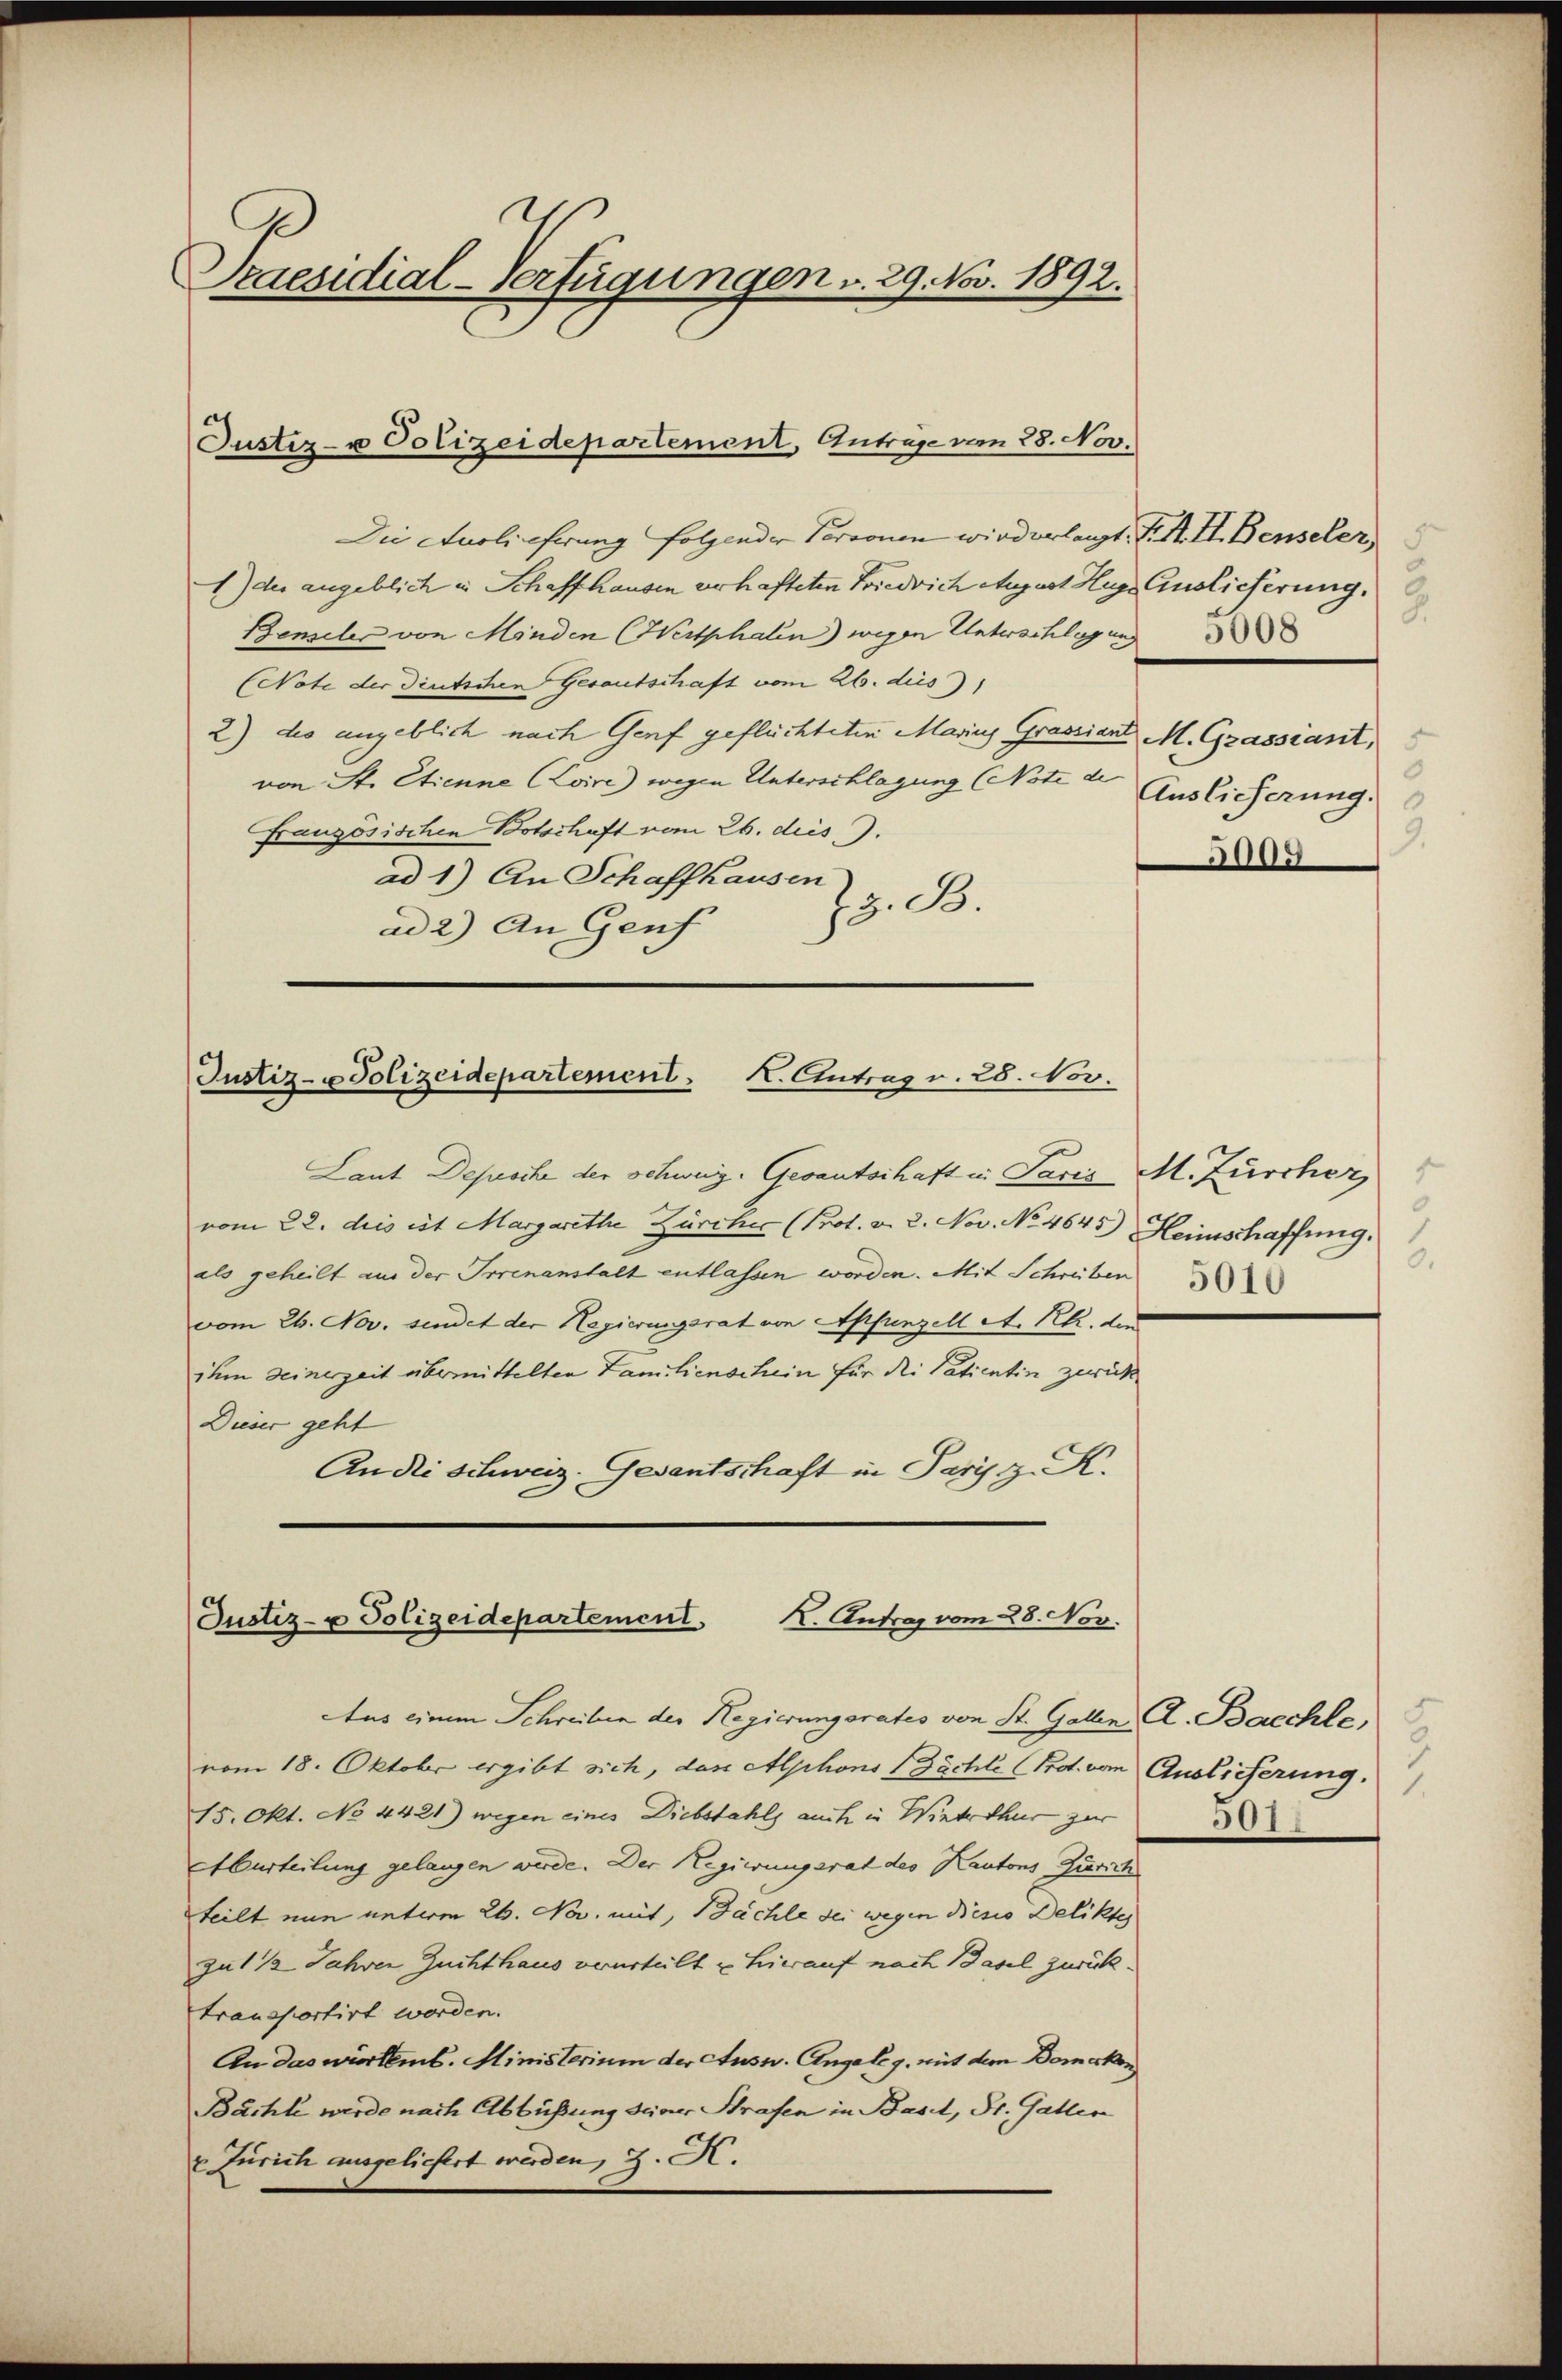
I
Praesidial-Verfügungen v. 29. Nov. 1892.

Die Auslicherung folgender Personen wird erlangt. F. S. II. Benseler,
1) der angeblich in Schaffhausen verhafteten Friedrich August Hug Auslieferung.
Benseler von Minden (Wertphalen) wegen Unterschlagung
(Note der Deutschen Gesantschaft vom 26. dies
2) des angeblich nach Genf geflüchteten Marins Grassiant M. Grassiant,
von St. Etienne Loire) wegen Unterschlagung Note Auslicherung.
Französischen Botschaft vom 26. dies
ad 1) An Schaffhausen
z. B.
ad 2) An Genf

Justiz- u Polizeidepartement, Anträge vom 28. Nov.

Justiz- u Polizeidepartement. K. Antrag v. 28. Nov.

Laut Depesche der Schweiz. Gesantschaft in Paris M. Zürcher
vom 22. dies ist Margarethe Zürcher (Prot. v. 2. Nov. No 4645.) Heimschaffung.
als geheilt aus der Irrenanstalt entlassen worden. Mit Schreiben
vom 26. Nov. sendet der Regierungsrat von Appenzell A. Rh. di
ihm seinerzeit übermittelten Familienschein für die Patientin zurück¬
Dieser geht
An die Schweiz. Gedantschaft in Paris z. K.

Justiz- u Polizeidepartement. I. Antrag vom 28. Nov.

Aus einem Schreiben der Regierungsrates von St. Gallen, A. Baechle,
vom 18. Oktober ergibt sich, das Alphons (Zächli (Prot. vom Auslieferung.
15. Okt. No 4421) wegen eines Diebstahls auch in Winterthur zur
Aburteilung gelangen werde. Der Regierungsrat des Kantons Zürich
teilt nun unterm 26. Nov. mit, Bächle sei wegen Diesis Deliktes
zu 1 1/2 Jahren Zuchthaus verurteilt u. Hierauf nach Basel zurücktransportirt worden.
An das würtemb. Ministerium der Ausw. Angeleg. mit dem Domecken
Bächte werde nach Abbüßung seiner Strafen in Basel, Dr. Gallen
u Zürich ausgeliefert werden, z. H.

9.
5009

5.

2
501